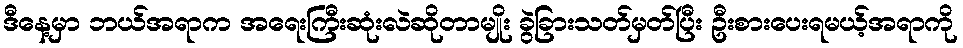
ဒီနေ့မှာ ဘယ်အရာက အရေးကြီးဆုံးလဲဆိုတာမျိုး ခွဲခြားသတ်မှတ်ပြီး ဦးစားပေးရမယ့်အရာကို